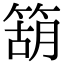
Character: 箶